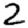
Digit: 2